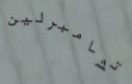
تشامبرلين